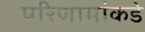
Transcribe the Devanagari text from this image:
परिणामांकडे